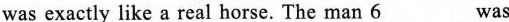
was exactly like a real horse.The man \underline{6} was